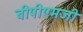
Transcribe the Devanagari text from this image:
बीपीएमजी